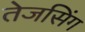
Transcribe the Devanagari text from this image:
तेजसिंग